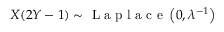
X ( 2 Y - 1 ) \sim { \textrm { L a p l a c e } } \left( 0 , \lambda ^ { - 1 } \right)